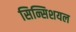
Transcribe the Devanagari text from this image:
सिन्सिशयल